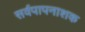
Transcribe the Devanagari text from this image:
सर्वपापनाशक